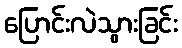
ပြောင်းလဲသွားခြင်း